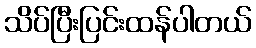
သိပ်ပြီးပြင်းထန်ပါတယ်